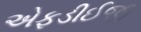
એફડીઈજી